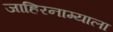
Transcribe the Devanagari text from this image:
जाहिरनाम्याला